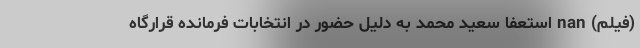
(فیلم) nan استعفا سعید محمد به دلیل حضور در انتخابات فرمانده قرارگاه